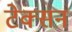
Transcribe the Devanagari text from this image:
टेक्सन